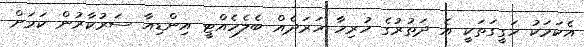
އެކަމަކު ހަގީގަތަކީ އެ ދަތުރުގެ ހުރިހާ ހަރަދެއް ބެލެހެއްޓީ އިންޑިއާ ސަރުކާރުން ކަމަށް